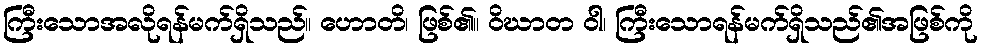
ကြီးသောအလိုရန်မက်ရှိသည်။ ဟောတိ၊ ဖြစ်၏။ ဝိဃာတ ဝါ၊ ကြီးသောရန်မက်ရှိသည်၏အဖြစ်ကို